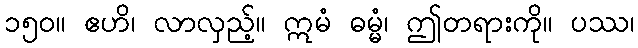
၁၅၀။ ဧဟိ၊ လာလှည့်။ ဣမံ ဓမ္မံ၊ ဤတရားကို။ ပဿ၊